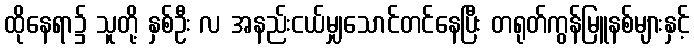
ထိုနေရာ၌ သူတို့ နှစ်ဦး လ အနည်းငယ်မျှသောင်တင်နေပြီး တရုတ်ကွန်မြူနစ်များနှင့်